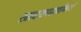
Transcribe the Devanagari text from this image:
खादयपदार्थामध्ये